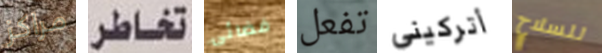
مراكز تخاطر فضائى تفعل أتركيني للسلاح